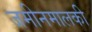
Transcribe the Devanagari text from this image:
जमीनमालकी